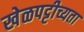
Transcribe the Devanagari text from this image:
खेळपट्टीच्यता